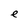
Character: e